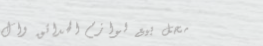
محل بيع لوازم الحدائق وال